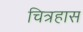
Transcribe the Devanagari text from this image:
चित्रहास